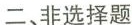
二、非选择题